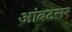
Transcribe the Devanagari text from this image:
आंबटसर